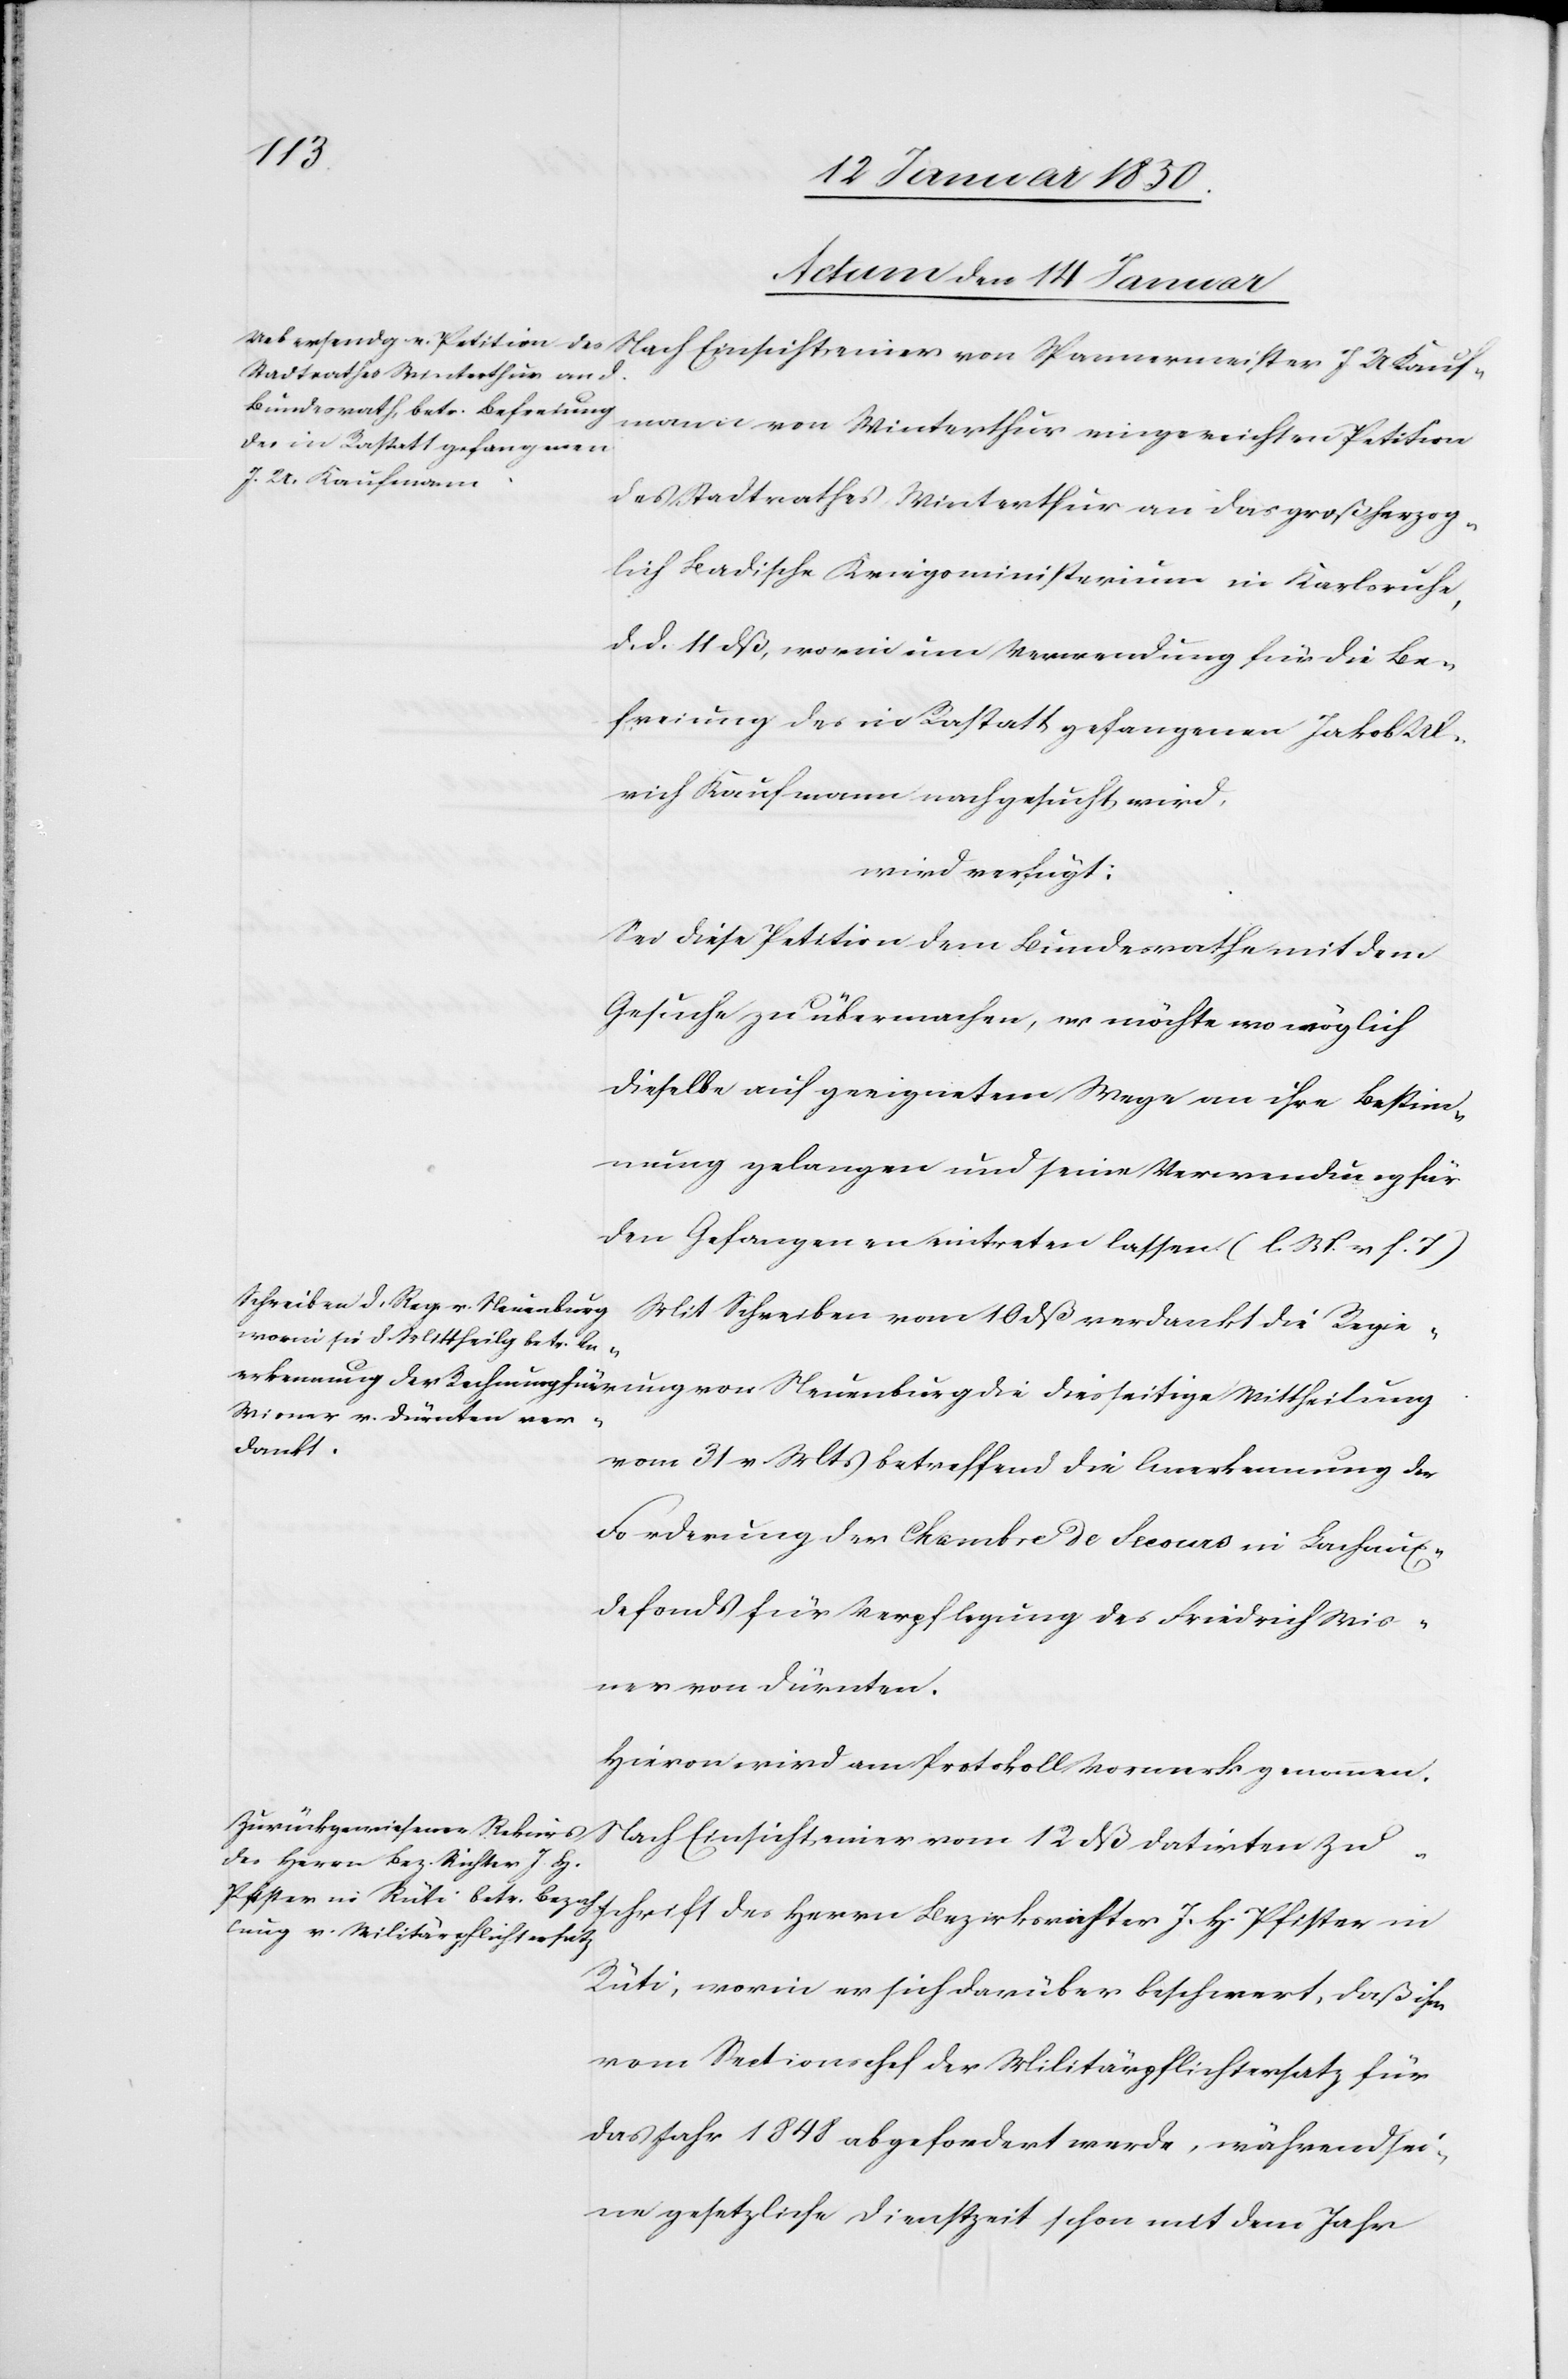
chrift
Actum den 14 Januar]
mann von Winterthur eingereichten Petition
des Stadtrathes Winterthur an das großherzog¬
lich Badische Kriegsministerium in Karlsruhe,
d. d. 11. dß, worin um Verwendung für die Be¬
freiung des in Rastatt gefangenen Jakob Ul¬
rich Kaufmann nachgesucht wird,
wird verfügt:
Sei diese Petition dem Bundesrathe mit dem
Gesuche zu übermachen, er möchte wo möglich
dieselbe auf geeignetem Wege an ihre Bestim¬
mung gelangen und seine Verwendung für
den Gefangenen eintreten lassen (l. M. v. h. T.)
Mit Schreiben vom 10 dß verdankt die Regie¬
rung
vom 31 v Mts betreffend die Anerkennung der
Forderung der Chambre de Secours in Lachaux¬
defonds für Verpflegung des Friedrich Wis¬
ner von Dürnten.
Nach Einsicht einer vom 12 dß datirten Zus¬
des Herrn Bezirksrichter J. H.
Rüti, worin er sich darüber beschwert, daß ihm
vom Sectionschef der Militärpflichtersatz für
das Jahr 1848 abgefordert werde, während sei¬
ne gesetzliche Dienstzeit schon mit dem Jahr